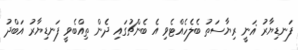
ފަނޑިޔާރު ޣަނީ ރިޔާސަތު ބެލެހެއްޓެވި އެ ބެންޗުގައި ދެން ތިއްބެވީ ފަނޑިޔާރު އަބްދު